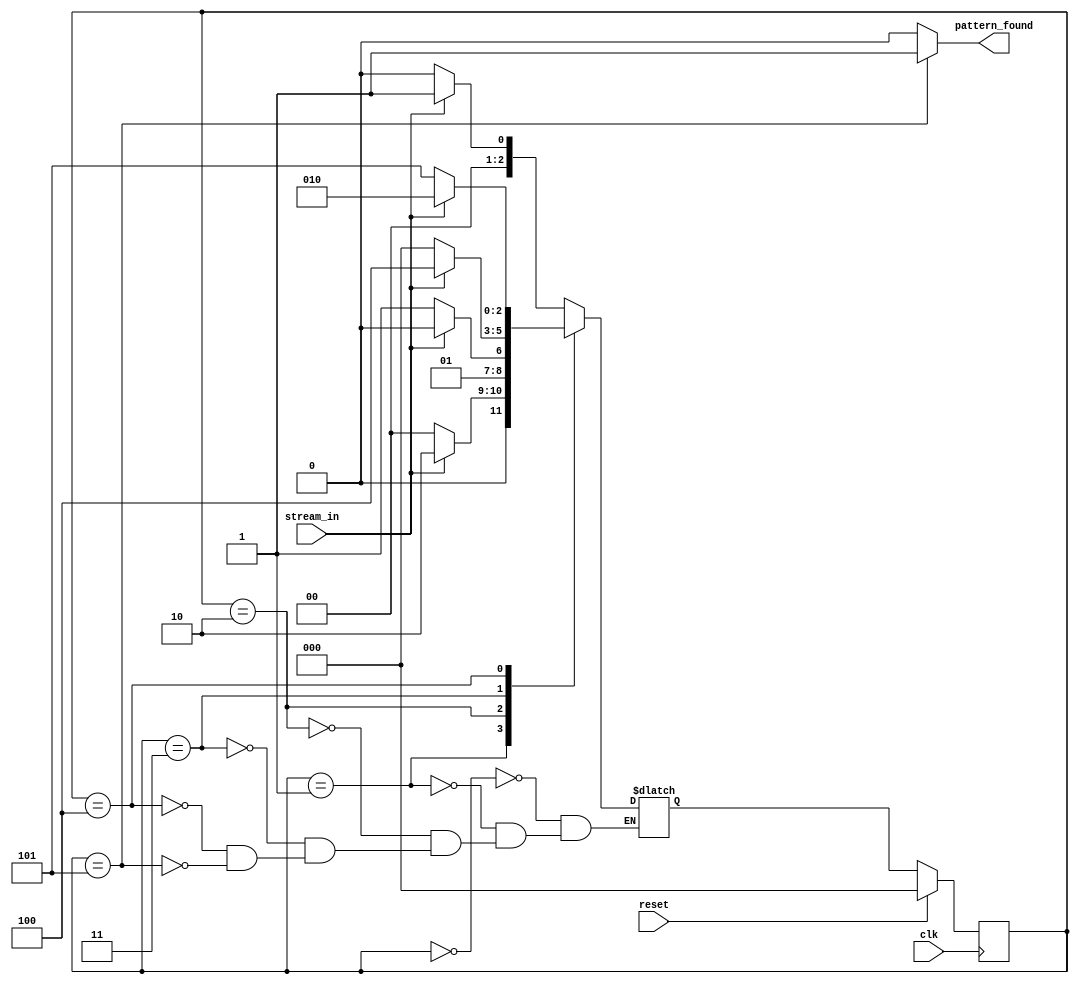
module pattern_detector_fsm(
  input clk,
  input reset,
  input stream_in,
  output reg pattern_found
);
  parameter reg_width = 3;
  parameter [reg_width-1:0] start = 3'b000,
  s1 = 3'b001,
  s11 = 3'b010,
  s110 = 3'b011,
  s1101 = 3'b100,
  s11010 = 3'b101;
  
  reg[reg_width-1:0] curr_state,next_state;
  
  always @(posedge clk) begin
    if(reset)
      curr_state <= start;
    else
      curr_state <= next_state;
  end
  
  always @(*) begin
    pattern_found = 0;

    case(curr_state)
      start:
        begin
          pattern_found = 0;

          if(stream_in == 1)
            next_state = s1;
          else
            next_state = start;
        end
      
      s1:
        begin
          pattern_found = 0;
          
          if(stream_in == 1)
            next_state = s11;
          else
            next_state = start;
        end
      
      s11:
        begin
          pattern_found = 0;
          
          if(stream_in == 1)
            next_state = s11;
          else
            next_state = s110;
        end
      
      s110:
        begin
          pattern_found = 0;
          
          if(stream_in == 1)
            next_state = s1101;
          else
            next_state = start;
        end
      
      s1101:
        begin
          pattern_found = 0;
          
          if(stream_in == 1)
            next_state = s11;
          else
            next_state = s11010;
        end
      
      s11010:
        begin
          pattern_found = 1;

          if(stream_in == 1)
            next_state = s1;
          else
            next_state = start;
        end
    endcase
  end
endmodule